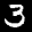
Label: 3